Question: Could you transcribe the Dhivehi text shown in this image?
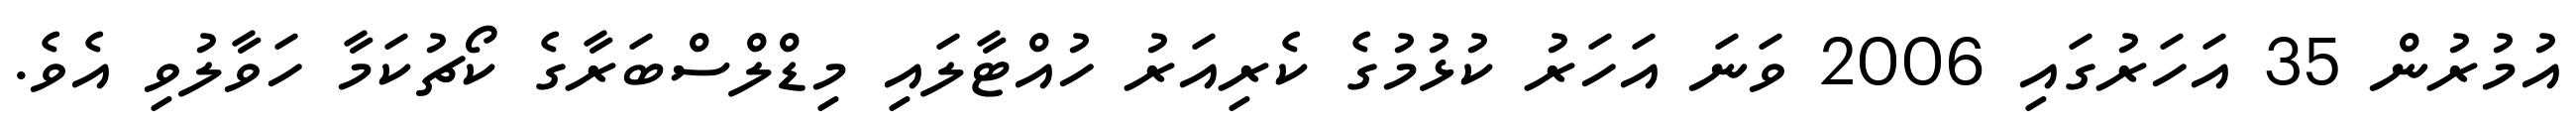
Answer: އުމުރުން 35 އަހަރުގައި 2006 ވަނަ އަހަރު ކުޅުމުގެ ކެރިއަރު ހުއްޓާލައި މިޑްލްސްބަރާގެ ކޯޗުކަމާ ހަވާލުވި އެވެ.